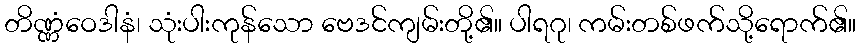
တိဏ္ဏံဝေဒါနံ၊ သုံးပါးကုန်သော ဗေဒင်ကျမ်းတို့၏။ ပါရဂု၊ ကမ်းတစ်ဖက်သို့ရောက်၏။